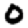
Digit: 0